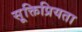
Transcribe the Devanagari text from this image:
सूक्तिप्रियता